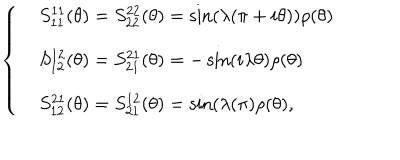
LaTeX: \left\{ \begin{array} { l l } { { } } & { { S _ { 1 1 } ^ { 1 1 } ( \theta ) = S _ { 2 2 } ^ { 2 2 } ( \theta ) = \sin ( \lambda ( \pi + i \theta ) ) \rho ( \theta ) } } \\ { { } } & { { S _ { 1 2 } ^ { 1 2 } ( \theta ) = S _ { 2 1 } ^ { 2 1 } ( \theta ) = - \sin ( i \lambda \theta ) \rho ( \theta ) } } \\ { { } } & { { S _ { 1 2 } ^ { 2 1 } ( \theta ) = S _ { 2 1 } ^ { 1 2 } ( \theta ) = \sin ( \lambda ( \pi ) \rho ( \theta ) , } } \\ \end{array} \right.